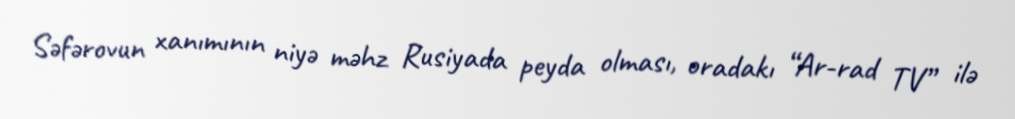
Səfərovun xanımının niyə məhz Rusiyada peyda olması, oradakı “Ar-rad TV” ilə